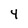
Character: 4